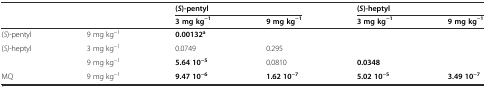
<table><thead><tr><td rowspan="2" colspan="2"></td><td colspan="2"><b>( <i>S</i>)-pentyl</b></td><td colspan="2"><b>( <i>S</i>)-heptyl</b></td></tr><tr><td><b>3 mg kg<sup>−1</sup></b></td><td><b>9 mg kg<sup>−1</sup></b></td><td><b>3 mg kg<sup>−1</sup></b></td><td><b>9 mg kg<sup>−1</sup></b></td></tr></thead><tbody><tr><td>(<i>S</i>)-pentyl</td><td>9 mg kg<sup>−1</sup></td><td><b>0.00132</b><sup><b>a</b></sup></td><td></td><td></td><td></td></tr><tr><td rowspan="2">(<i>S)</i>-heptyl</td><td>3 mg kg<sup>−1</sup></td><td>0.0749</td><td>0.295</td><td></td><td></td></tr><tr><td>9 mg kg<sup>−1</sup></td><td><b>5.64 10</b><sup><b>−5</b></sup></td><td>0.0810</td><td><b>0.0348</b></td><td></td></tr><tr><td>MQ</td><td>9 mg kg<sup>−1</sup></td><td><b>9.47 10</b><sup><b>−6</b></sup></td><td><b>1.62 10</b><sup><b>−7</b></sup></td><td><b>5.02 10</b><sup><b>−5</b></sup></td><td><b>3.49 10</b><sup><b>−7</b></sup></td></tr></tbody></table>